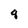
Character: 8